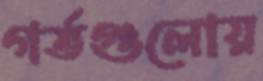
গর্তগুলোয়